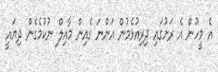
އެ މީހުން އެ ރަށުގައި ދިރިއުޅެމުން އަންނަ ގެއިން މާއިލް ނުކުމެގެން ދިޔައީ